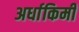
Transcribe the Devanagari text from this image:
अर्धाकिमी